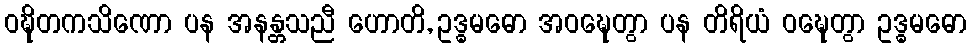
ဝဍ္ဎိတကသိဏော ပန အနန္တသညီ ဟောတိ, ဥဒ္ဓမဓော အဝဍ္ဎေတွာ ပန တိရိယံ ဝဍ္ဎေတွာ ဥဒ္ဓမဓော